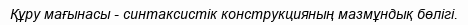
Құру мағынасы - синтаксистік конструкцияның мазмұндық бөлігі.